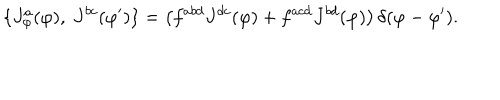
\{ J _ { \varphi } ^ { a } ( \varphi ) , ~ J ^ { b c } ( \varphi ^ { \prime } ) \} = \left( f ^ { a b d } J ^ { d c } ( \varphi ) + f ^ { a c d } J ^ { b d } ( \varphi ) \right) \delta ( \varphi - \varphi ^ { \prime } ) .